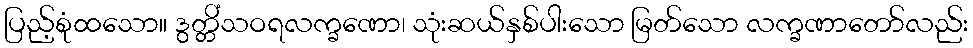
ပြည့်စုံထသော။ ဒွတ္တိံသဝရလက္ခဏော၊ သုံးဆယ်နှစ်ပါးသော မြတ်သော လက္ခဏာတော်လည်း